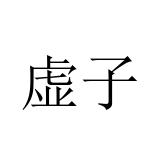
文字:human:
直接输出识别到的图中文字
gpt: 虚子